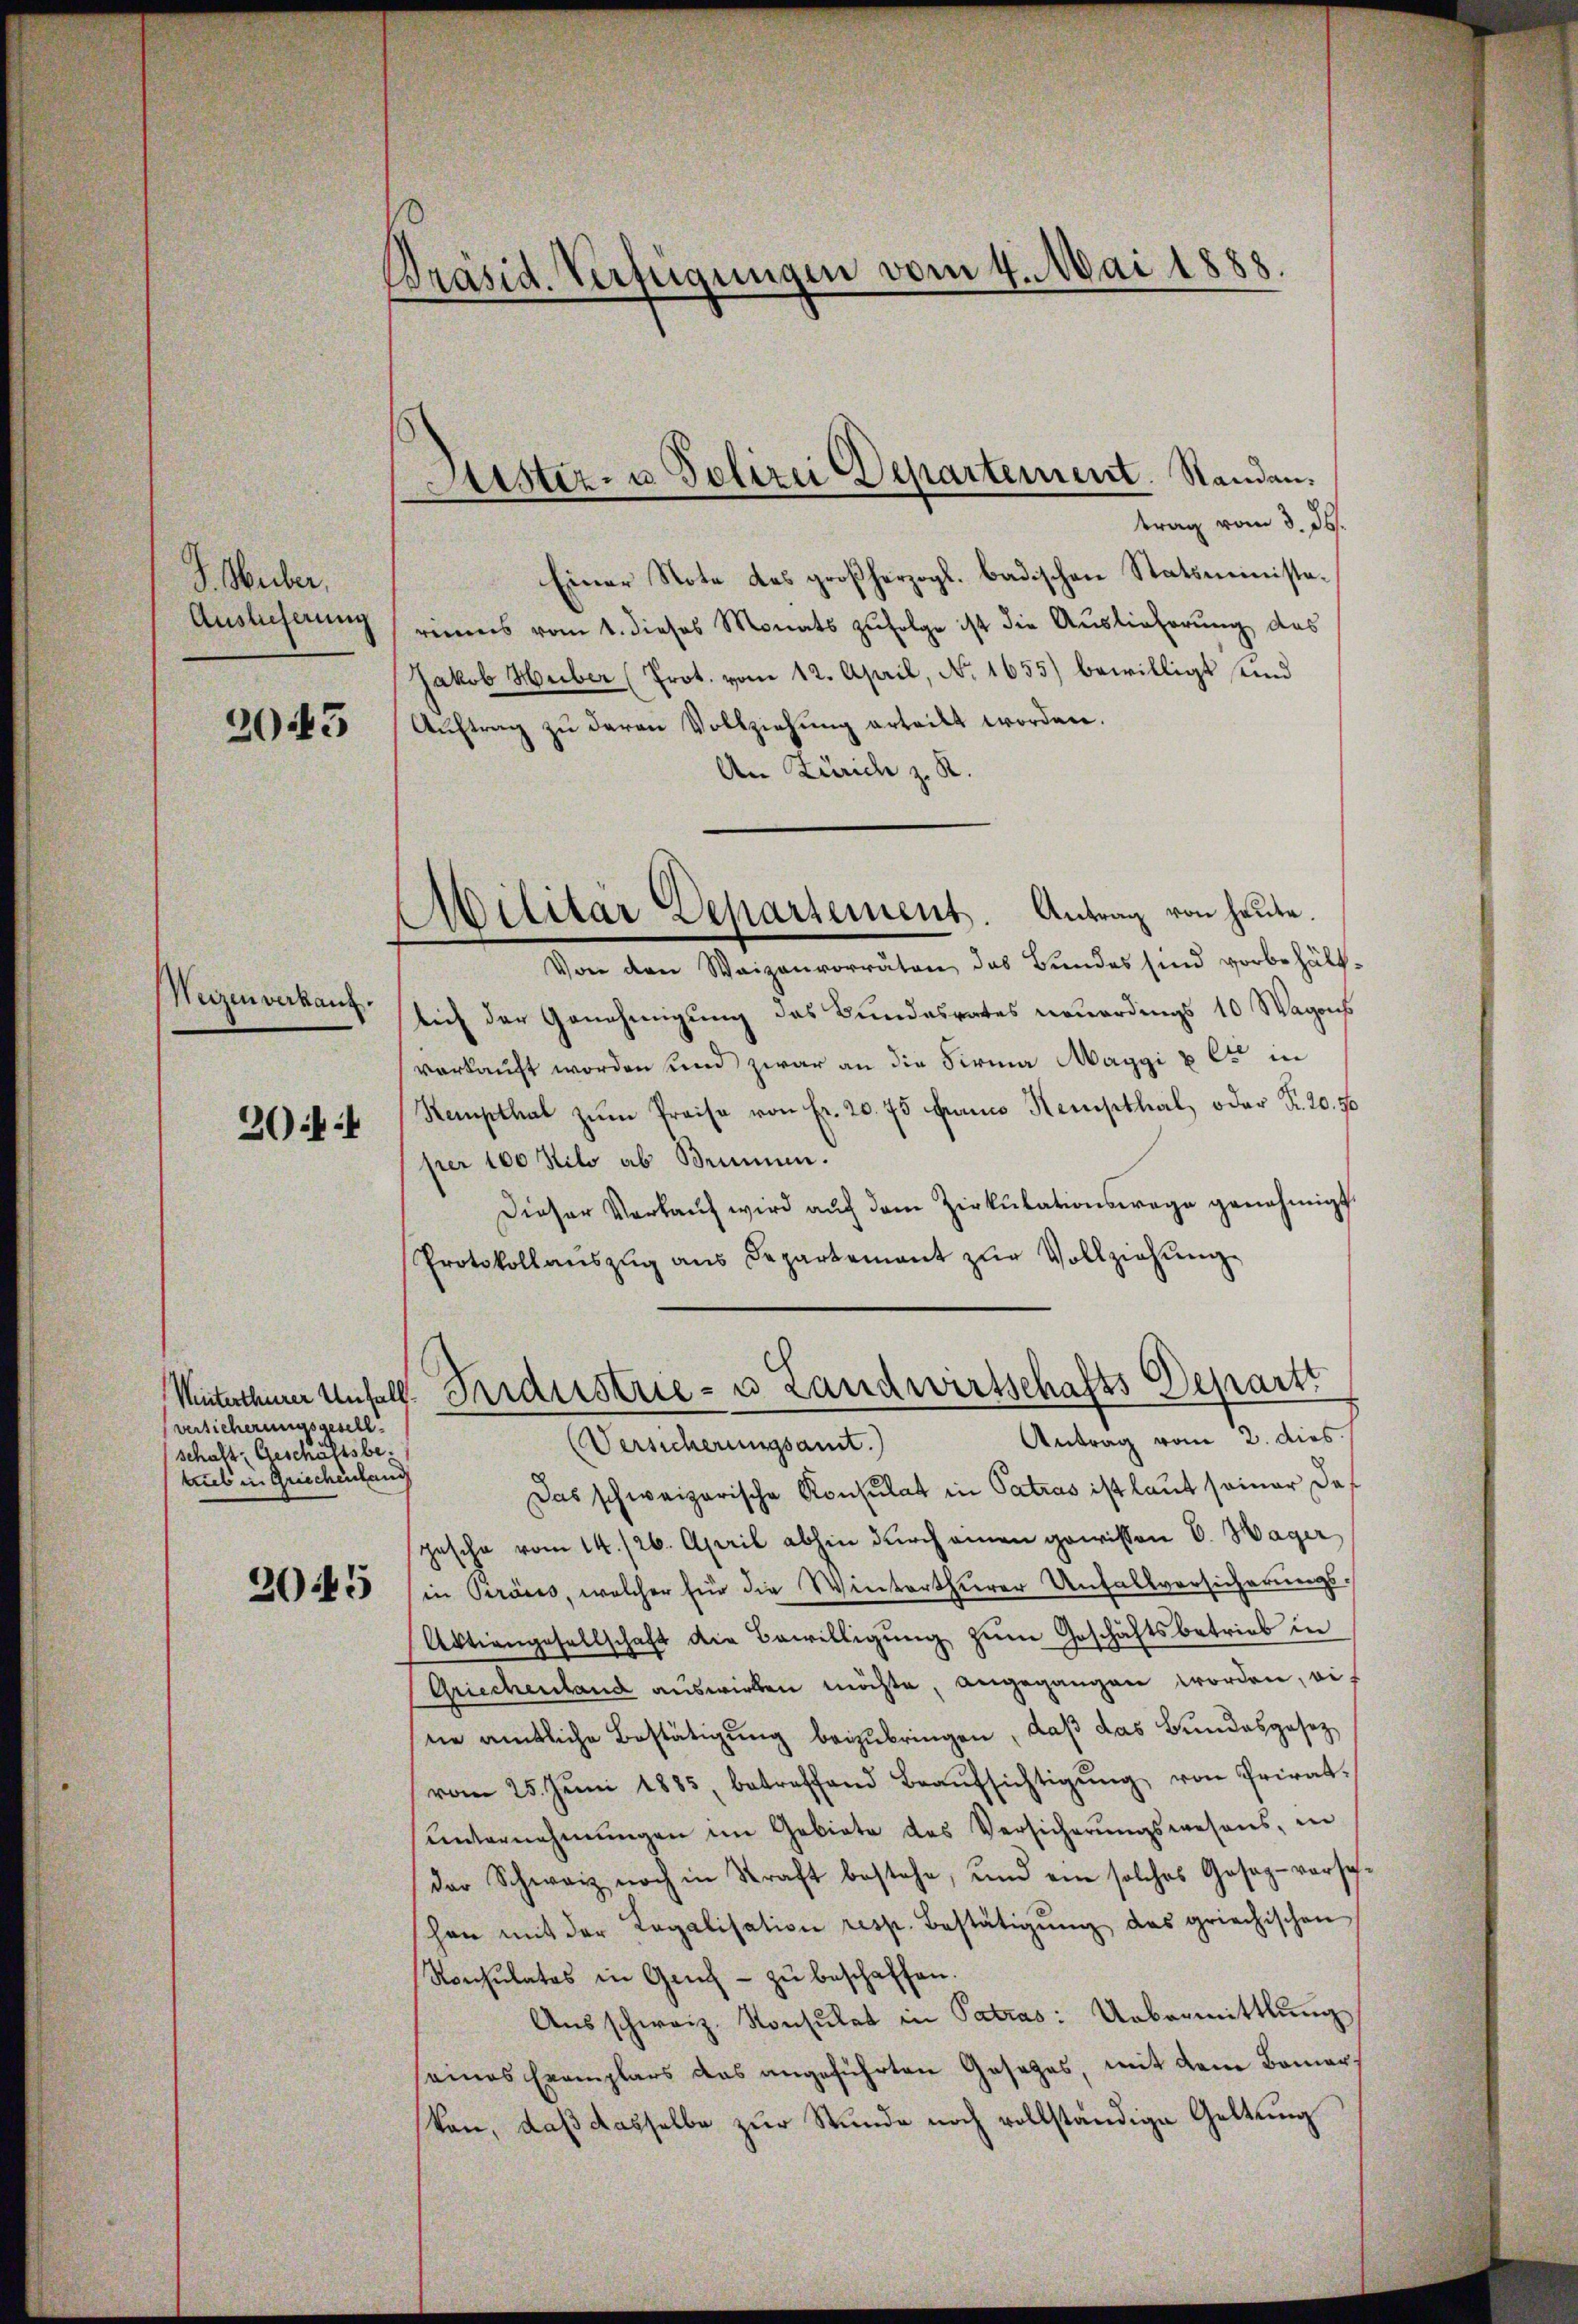
J. Weiber
Auslieferung

2045

Meizen verkauf.

204

versicherungsgesell
schaft Geschäftsbetrieb in Griechenlang

Präsid. Verfügungen vom 4. Mai 1888.

trag vom 3. ds.
Einer Note das großherzogl. badischen Statsministariums vom 1. dieses Monats zŭfolge ist die Auslieferung das
Jakob Huber (Prot. vom 12. April, No 1655) bewilligt, und
Aŭftrag zŭ deren Vollziehung erteilt worden.
An Zürich z. R.
Von den Waizenvorräten das Bundes sind vorbehältlich der Genehmigung des Bundesrates neuerdings 10 Wagons
verkauft worden und zwar an die Firma Maggi u es in
Stempthal zum Preise von Fr. 20. 75 kann Kempthal, oder Fr. 20. 50
per 100 Kilo ab Brunnen.
Dieser Verkauf wird aŭf dem Zirkŭlationswage genehmigt.
Protokollaŭszŭg ans Departement zŭr Vollziehŭng
Unterthurer Unfall. Fridustrie- u Landwirtschafts Depart
Antrag vom 2. dies
Versicherungsamt
Das schweizerische Konsulat in Patros ist laut seiner das
casche vom 14./26. April abhin durch einen gewissen C. Hager
2055 in Kraus, welcher für die Winterthurer Unfallversicherungs-
Aktiengesellschaft die Bewilligŭng zŭm Geschäftsbetrieb in
Griechenland auswirken möchte, angegangen worden, einie amtliche Bestätigung beizubringen, daß das Bundesgesez
vom 25. Jŭni 1885, betreffend Beaŭfsichtigŭng von Privat-
ŭnternehmungen im Gebiete des Versicherŭngswesens, in
der Schwarz noch in Kraft bestehe, und ein solches Gesag-versch-
chon mit der Legalisation resp. Bestätigŭng das griechischen
Ronsulates in Gerich - zŭ beschaffen.
Ausschweiz. Konsulat in Patras: Uebermittlung
seines Exemplars das angeführten Gesages, mit dem Bemerkan, daß dasselbe zur Stunde noch vollständige Geltung

Lister- u Polizei Departement. Standen.

Militär Departement. Antrag von heute.